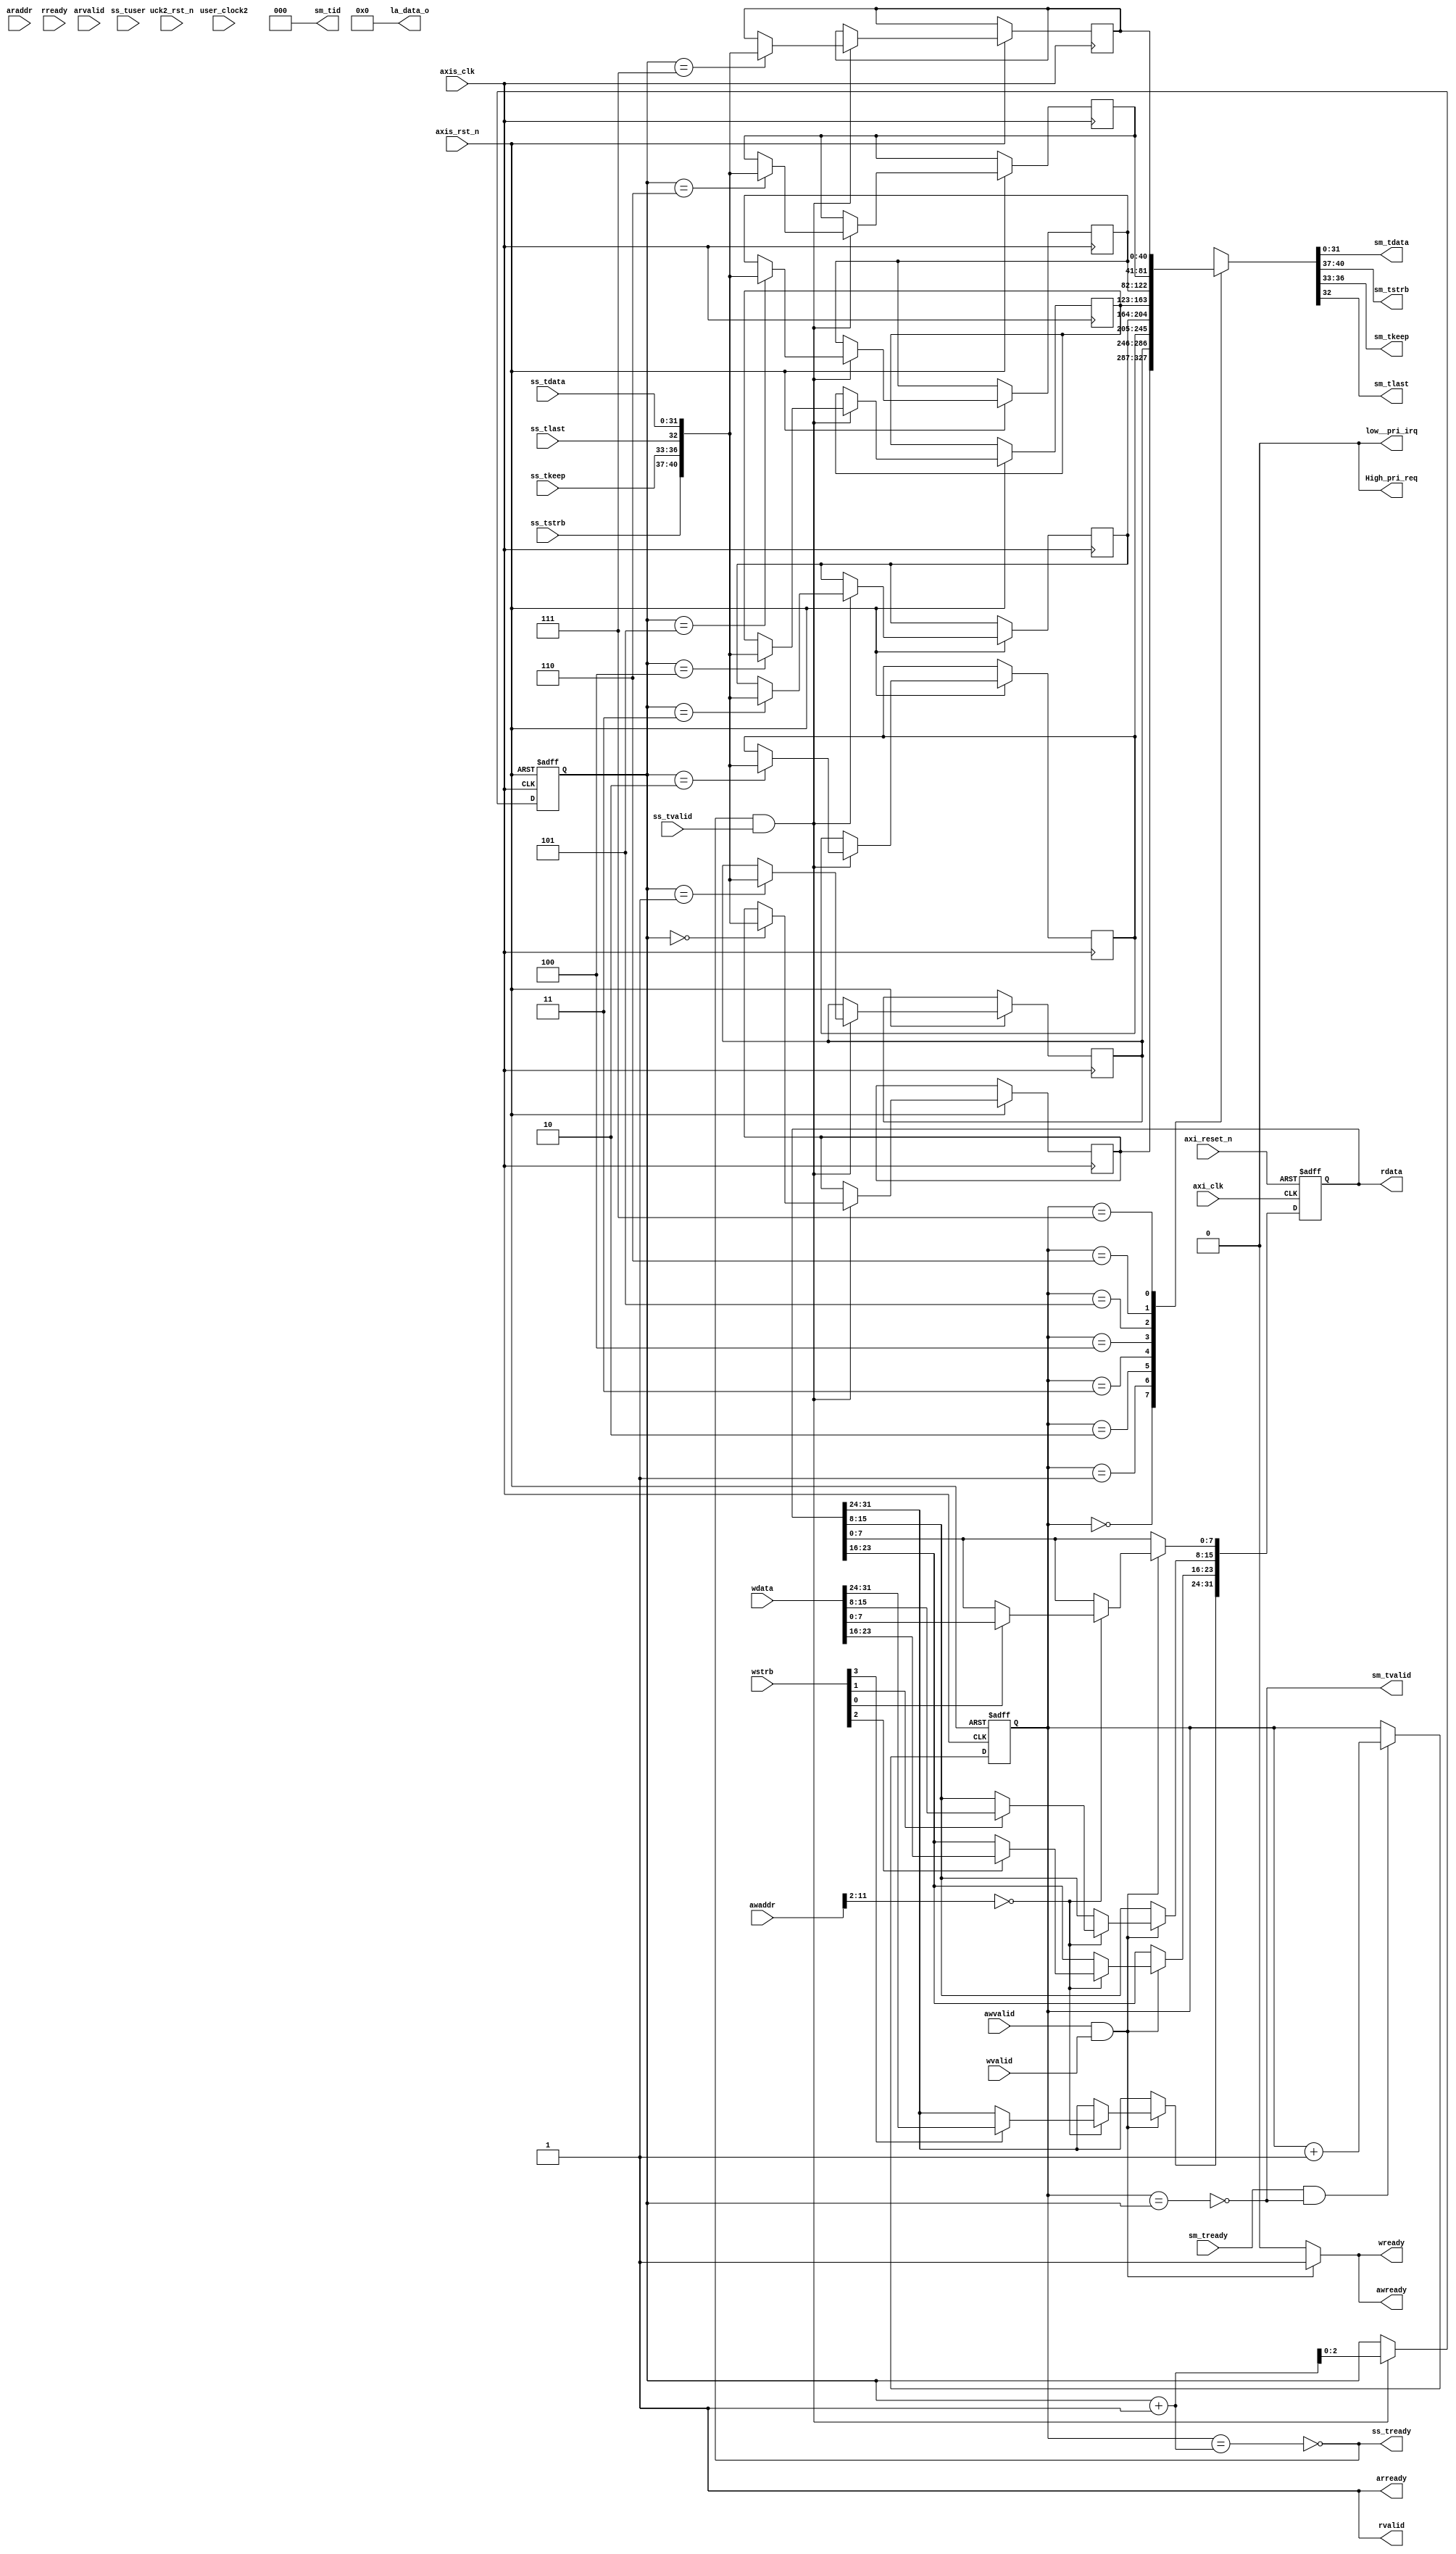
// This code snippet was auto generated by xls2vlog.py from source file: ./user_project_wrapper.xlsx
// User: josh
// Date: Sep-22-23

//`define USE_EDGEDETECT_IP

`timescale 1ns / 10ps

`ifdef USE_EDGEDETECT_IP
module USER_PRJ0 #(parameter pUSER_PROJECT_SIDEBAND_WIDTH   = 5,
                   parameter pADDR_WIDTH   = 12,
                   parameter pDATA_WIDTH   = 32
                 )
(
  output wire                        awready,
  output wire                        arready,
  output wire                        wready,
  output wire                        rvalid,
  output wire  [(pDATA_WIDTH-1) : 0] rdata,
  input  wire                        awvalid,
  input  wire                [11: 0] awaddr,
  input  wire                        arvalid,
  input  wire                [11: 0] araddr,
  input  wire                        wvalid,
  input  wire                 [3: 0] wstrb,
  input  wire  [(pDATA_WIDTH-1) : 0] wdata,
  input  wire                        rready,
  input  wire                        ss_tvalid,
  input  wire  [(pDATA_WIDTH-1) : 0] ss_tdata,
  input  wire                 [1: 0] ss_tuser,
  `ifdef USER_PROJECT_SIDEBAND_SUPPORT
  input  wire  [pUSER_PROJECT_SIDEBAND_WIDTH-1: 0] ss_tupsb,
  `endif
  input  wire                 [3: 0] ss_tstrb,
  input  wire                 [3: 0] ss_tkeep,
  input  wire                        ss_tlast,
  input  wire                        sm_tready,
  output wire                        ss_tready,
  output wire                        sm_tvalid,
  output wire  [(pDATA_WIDTH-1) : 0] sm_tdata,
  output wire                 [2: 0] sm_tid,
  `ifdef USER_PROJECT_SIDEBAND_SUPPORT
  output  wire [pUSER_PROJECT_SIDEBAND_WIDTH-1: 0] sm_tupsb,
  `endif
  output wire                 [3: 0] sm_tstrb,
  output wire                 [3: 0] sm_tkeep,
  output wire                        sm_tlast,
  output wire                        low__pri_irq,
  output wire                        High_pri_req,
  output wire                [23: 0] la_data_o,
  input  wire                        axi_clk,
  input  wire                        axis_clk,
  input  wire                        axi_reset_n,
  input  wire                        axis_rst_n,
  input  wire                        user_clock2,
  input  wire                        uck2_rst_n
);

//[TODO] does tlast from FPGA to SOC need send to UP? or use upsb as UP's tlast?
`ifdef USER_PROJECT_SIDEBAND_SUPPORT
	localparam	FIFO_WIDTH = (pUSER_PROJECT_SIDEBAND_WIDTH + 4 + 4 + 1 + pDATA_WIDTH);		//upsb, tstrb, tkeep, tlast, tdata  
`else
	localparam	FIFO_WIDTH = (4 + 4 + 1 + pDATA_WIDTH);		//tstrb, tkeep, tlast, tdata
`endif

`ifdef USER_PROJECT_SIDEBAND_SUPPORT
wire [33:0] dat_in_rsc_dat = {ss_tupsb[1:0], ss_tdata[31:0]};
`else
wire [33:0] dat_in_rsc_dat = {2'b00,         ss_tdata[31:0]};
`endif

wire [33:0] dat_out_rsc_dat;

wire        ram0_en;
wire [63:0] ram0_q;
wire        ram0_we;
wire [63:0] ram0_d;
wire [6:0]  ram0_adr;
wire        ram1_en;
wire [63:0] ram1_q;
wire        ram1_we;
wire [63:0] ram1_d;
wire [6:0]  ram1_adr;

reg  [9:0]  reg_widthIn;
reg  [8:0]  reg_heightIn;
reg         reg_sw_in;
reg         reg_rst;
wire [31:0] crc32_stream_in;
wire [31:0] crc32_stream_out;
wire        edgedetect_done;
reg  [31:0] reg_crc32_stream_in;
reg  [31:0] reg_crc32_stream_out;
reg         reg_edgedetect_done;

wire awvalid_in;
wire wvalid_in;

reg [31:0] RegisterData;

//write addr channel
assign 	awvalid_in	= awvalid; 
wire awready_out;
assign awready = awready_out;

//write data channel
assign 	wvalid_in	= wvalid;
wire wready_out;
assign wready = wready_out;

// if both awvalid_in=1 and wvalid_in=1 then output awready_out = 1 and wready_out = 1
assign awready_out = (awvalid_in && wvalid_in) ? 1 : 0;
assign wready_out = (awvalid_in && wvalid_in) ? 1 : 0;


//write register
always @(posedge axi_clk or negedge axi_reset_n)  begin
  if ( !axi_reset_n ) begin
    reg_widthIn         <= 640;
    reg_heightIn        <= 480;
    reg_sw_in           <= 1;
    reg_rst             <= 0;
  end else begin
    if ( awvalid_in && wvalid_in ) begin		//when awvalid_in=1 and wvalid_in=1 means awready_out=1 and wready_out=1
      if          (awaddr[11:2] == 10'h000 ) begin //offset 0
        if ( wstrb[0] == 1) reg_rst           <= wdata[0];
      end else if (awaddr[11:2] == 10'h001 ) begin //offset 1
        if ( wstrb[0] == 1) reg_widthIn[7:0]  <= wdata[7:0];
        if ( wstrb[1] == 1) reg_widthIn[9:8]  <= wdata[9:8];
      end else if (awaddr[11:2] == 10'h002 ) begin //offset 2
        if ( wstrb[0] == 1) reg_heightIn[7:0] <= wdata[7:0];
        if ( wstrb[1] == 1) reg_heightIn[8]   <= wdata[8];
      end else if (awaddr[11:2] == 10'h003 ) begin //offset 3
        if ( wstrb[0] == 1) reg_sw_in         <= wdata[0];
      end
    end
  end
end

always @(posedge axi_clk or negedge axi_reset_n)  begin
  if ( !axi_reset_n ) begin
      reg_edgedetect_done <= 0;
  end else begin
    if (edgedetect_done) 
      reg_edgedetect_done <= 1;
    else if (awaddr[11:2] == 10'h006 ) begin //offset 6
      if ( wstrb[0] == 1) reg_edgedetect_done <= 0;
    end
  end
end

//read register
reg [(pDATA_WIDTH-1) : 0] rdata_tmp;
assign arready = 1; // ?
assign rvalid  = 1; // ?
assign rdata =  rdata_tmp;

always @* begin
  if      (araddr[11:2] == 10'h000) rdata_tmp = reg_rst;
  else if (araddr[11:2] == 10'h001) rdata_tmp = reg_widthIn;
  else if (araddr[11:2] == 10'h002) rdata_tmp = reg_heightIn;
  else if (araddr[11:2] == 10'h003) rdata_tmp = reg_sw_in;
  else if (araddr[11:2] == 10'h004) rdata_tmp = reg_crc32_stream_in;
  else if (araddr[11:2] == 10'h005) rdata_tmp = reg_crc32_stream_out;
  else if (araddr[11:2] == 10'h006) rdata_tmp = reg_edgedetect_done;
  else                              rdata_tmp = 0;
end

//DUT
assign sm_tdata  = dat_out_rsc_dat[31: 0]; 

`ifdef USER_PROJECT_SIDEBAND_SUPPORT
assign sm_tupsb = dat_out_rsc_dat[33:32];
`endif

assign {sm_tstrb, sm_tkeep, sm_tlast} = 0;

wire dat_in_rsc_rdy;

assign ss_tready = dat_in_rsc_rdy;

always @(posedge axi_clk or negedge axi_reset_n)  begin
  if ( !axi_reset_n ) begin
    reg_crc32_stream_in  <= 0;
    reg_crc32_stream_out <= 0;
  end else if (edgedetect_done) begin
    reg_crc32_stream_in  <= crc32_stream_in ;
    reg_crc32_stream_out <= crc32_stream_out;
  end
end

EdgeDetect_Top U_EdgeDetect (
.clk                     (axi_clk           ), //user_clock2 ?
.rst                     (reg_rst           ), 
.arst_n                  (axi_reset_n       ), //~uck2_rst_n ? 
.widthIn                 (reg_widthIn       ), //I 
.heightIn                (reg_heightIn      ), //I
.sw_in                   (reg_sw_in         ), //I
.crc32_pix_in_rsc_dat    (crc32_stream_in   ), //O
.crc32_pix_in_triosy_lz  (),                   //O, not useful
.crc32_dat_out_rsc_dat   (crc32_stream_out  ), //O
.crc32_dat_out_triosy_lz (edgedetect_done   ), //O
.dat_in_rsc_dat          (dat_in_rsc_dat    ), //I
.dat_in_rsc_vld          (ss_tvalid         ), //I
.dat_in_rsc_rdy          (dat_in_rsc_rdy    ), //O
.dat_out_rsc_dat         (dat_out_rsc_dat   ), //O
.dat_out_rsc_vld         (sm_tvalid         ), //O
.dat_out_rsc_rdy         (sm_tready         ), //I
.line_buf0_rsc_en        (ram0_en           ), //O
.line_buf0_rsc_q         (ram0_q            ), //I
.line_buf0_rsc_we        (ram0_we           ), //O
.line_buf0_rsc_d         (ram0_d            ), //O
.line_buf0_rsc_adr       (ram0_adr          ), //O
.line_buf1_rsc_en        (ram1_en           ), //O
.line_buf1_rsc_q         (ram1_q            ), //I 
.line_buf1_rsc_we        (ram1_we           ), //O 
.line_buf1_rsc_d         (ram1_d            ), //O 
.line_buf1_rsc_adr       (ram1_adr          )  //O
);

//SRAM
SPRAM #(.data_width(64),.addr_width(7),.depth(80)) U_SPRAM_0(
.adr (ram0_adr ), 
.d   (ram0_d   ), 
.en  (ram0_en  ), 
.we  (ram0_we  ), 
.clk (axi_clk  ), //user_clock2 ? 
.q   (ram0_q   )
);

SPRAM #(.data_width(64),.addr_width(7),.depth(80)) U_SPRAM_1(
.adr (ram1_adr ), 
.d   (ram1_d   ), 
.en  (ram1_en  ), 
.we  (ram1_we  ), 
.clk (axi_clk  ), //user_clock2 ? 
.q   (ram1_q   )
);
//~

endmodule

`else
module USER_PRJ0 #( parameter pUSER_PROJECT_SIDEBAND_WIDTH   = 5,
					parameter pADDR_WIDTH   = 12,
                   parameter pDATA_WIDTH   = 32
                 )
(
  output wire                        awready,
  output wire                        arready,
  output wire                        wready,
  output wire                        rvalid,
  output wire  [(pDATA_WIDTH-1) : 0] rdata,
  input  wire                        awvalid,
  input  wire                [11: 0] awaddr,
  input  wire                        arvalid,
  input  wire                [11: 0] araddr,
  input  wire                        wvalid,
  input  wire                 [3: 0] wstrb,
  input  wire  [(pDATA_WIDTH-1) : 0] wdata,
  input  wire                        rready,
  input  wire                        ss_tvalid,
  input  wire  [(pDATA_WIDTH-1) : 0] ss_tdata,
  input  wire                 [1: 0] ss_tuser,
  `ifdef USER_PROJECT_SIDEBAND_SUPPORT
	input  wire                 [pUSER_PROJECT_SIDEBAND_WIDTH-1: 0] ss_tupsb,
  `endif
  input  wire                 [3: 0] ss_tstrb,
  input  wire                 [3: 0] ss_tkeep,
  input  wire                        ss_tlast,
  input  wire                        sm_tready,
  output wire                        ss_tready,
  output wire                        sm_tvalid,
  output wire  [(pDATA_WIDTH-1) : 0] sm_tdata,
  output wire                 [2: 0] sm_tid,
  `ifdef USER_PROJECT_SIDEBAND_SUPPORT
	output  wire                 [pUSER_PROJECT_SIDEBAND_WIDTH-1: 0] sm_tupsb,
  `endif
  output wire                 [3: 0] sm_tstrb,
  output wire                 [3: 0] sm_tkeep,
  output wire                        sm_tlast,
  output wire                        low__pri_irq,
  output wire                        High_pri_req,
  output wire                [23: 0] la_data_o,
  input  wire                        axi_clk,
  input  wire                        axis_clk,
  input  wire                        axi_reset_n,
  input  wire                        axis_rst_n,
  input  wire                        user_clock2,
  input  wire                        uck2_rst_n
);

//[TODO] does tlast from FPGA to SOC need send to UP? or use upsb as UP's tlast?
`ifdef USER_PROJECT_SIDEBAND_SUPPORT
	localparam	FIFO_WIDTH = (pUSER_PROJECT_SIDEBAND_WIDTH + 4 + 4 + 1 + pDATA_WIDTH);		//upsb, tstrb, tkeep, tlast, tdata  
`else
	localparam	FIFO_WIDTH = (4 + 4 + 1 + pDATA_WIDTH);		//tstrb, tkeep, tlast, tdata
`endif


wire awvalid_in;
wire wvalid_in;

reg [31:0] RegisterData;

//write addr channel
assign 	awvalid_in	= awvalid; 
wire awready_out;
assign awready = awready_out;

//write data channel
assign 	wvalid_in	= wvalid;
wire wready_out;
assign wready = wready_out;

// if both awvalid_in=1 and wvalid_in=1 then output awready_out = 1 and wready_out = 1
assign awready_out = (awvalid_in && wvalid_in) ? 1 : 0;
assign wready_out = (awvalid_in && wvalid_in) ? 1 : 0;

assign arready = 1;

assign rvalid = 1;
assign rdata =  RegisterData;

//write register
always @(posedge axi_clk or negedge axi_reset_n)  begin
  if ( !axi_reset_n ) begin
    RegisterData <= 32'haa55aa55;
  end
  else begin
    if ( awvalid_in && wvalid_in ) begin		//when awvalid_in=1 and wvalid_in=1 means awready_out=1 and wready_out=1
      if (awaddr[11:2] == 10'h000 ) begin //offset 0
        if ( wstrb[0] == 1) RegisterData[7:0] <= wdata[7:0];
        if ( wstrb[1] == 1) RegisterData[15:8] <= wdata[15:8];
        if ( wstrb[2] == 1) RegisterData[23:16] <= wdata[23:16];
        if ( wstrb[3] == 1) RegisterData[31:24] <= wdata[31:24];  
      end
      else begin
        RegisterData <= RegisterData;
      end
    end
  end
end

reg [2:0] r_ptr;
reg [2:0] w_ptr;
reg [(FIFO_WIDTH-1) : 0] fifo[7:0];

wire full;
wire empty;

assign empty = (r_ptr == w_ptr);
assign full = (r_ptr == (w_ptr+1) );

assign ss_tready = !full;

//for push to fifo
always @(posedge axis_clk or negedge axis_rst_n)  begin
  if ( !axis_rst_n ) begin
    w_ptr <= 0;
  end
  else begin
	if ( ss_tready && ss_tvalid) begin
		`ifdef USER_PROJECT_SIDEBAND_SUPPORT
			fifo[w_ptr] <= {ss_tupsb, ss_tstrb, ss_tkeep, ss_tlast, ss_tdata}; 
		`else
			fifo[w_ptr] <= {ss_tstrb, ss_tkeep, ss_tlast, ss_tdata}; 
		`endif
		w_ptr <= w_ptr + 1;
	end
  end
end  

//for pop from fifo

`ifdef USER_PROJECT_SIDEBAND_SUPPORT
	assign {sm_tupsb, sm_tstrb, sm_tkeep, sm_tlast, sm_tdata} = fifo[r_ptr];
`else
	assign {sm_tstrb, sm_tkeep, sm_tlast, sm_tdata} = fifo[r_ptr];
`endif

assign sm_tvalid = !empty;
always @(posedge axis_clk or negedge axis_rst_n)  begin
  if ( !axis_rst_n ) begin
    r_ptr <= 0;
  end
  else begin
	if ( sm_tready && sm_tvalid) begin
		r_ptr <= r_ptr + 1;
	end
  end
end  

assign sm_tid = 3'b000;		//[TODO] remove tid in user project.
assign low__pri_irq  = 1'b0;
assign High_pri_req  = 1'b0;
assign la_data_o     = 24'b0;


endmodule // USER_PRJ0
`endif